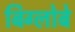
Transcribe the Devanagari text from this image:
बिग्लोबे